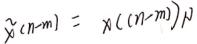
$\hat{x}(n - m)=x((n - m))_N$